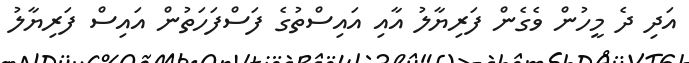
އަދި ދެ މީހުން ވެގެން ފަރިޔާލު އާއި އައިސްތުގެ ފަސްފަހަތުން އައިސް ފަރިޔާލު